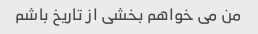
من می خواهم بخشی از تاریخ باشم